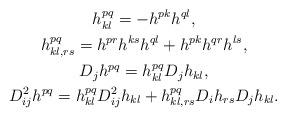
LaTeX: \begin{gather*}h^{pq}_{kl}=-h^{pk}h^{ql},\\h^{pq}_{kl,rs}=h^{pr}h^{ks}h^{ql}+h^{pk}h^{qr}h^{ls},\\D_jh^{pq}=h^{pq}_{kl}D_jh_{kl},\\D^2_{ij}h^{pq}=h^{pq}_{kl}D^2_{ij}h_{kl}+h^{pq}_{kl,rs}D_ih_{rs}D_jh_{kl}.\end{gather*}